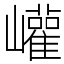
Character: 巏